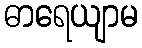
ဓာရေယျာမ